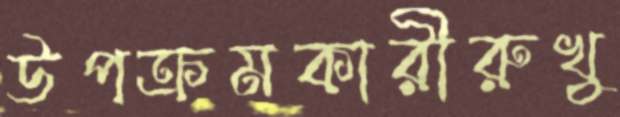
উপক্রমকারীরুখু